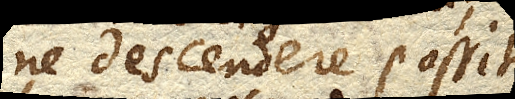
ne descendere possit